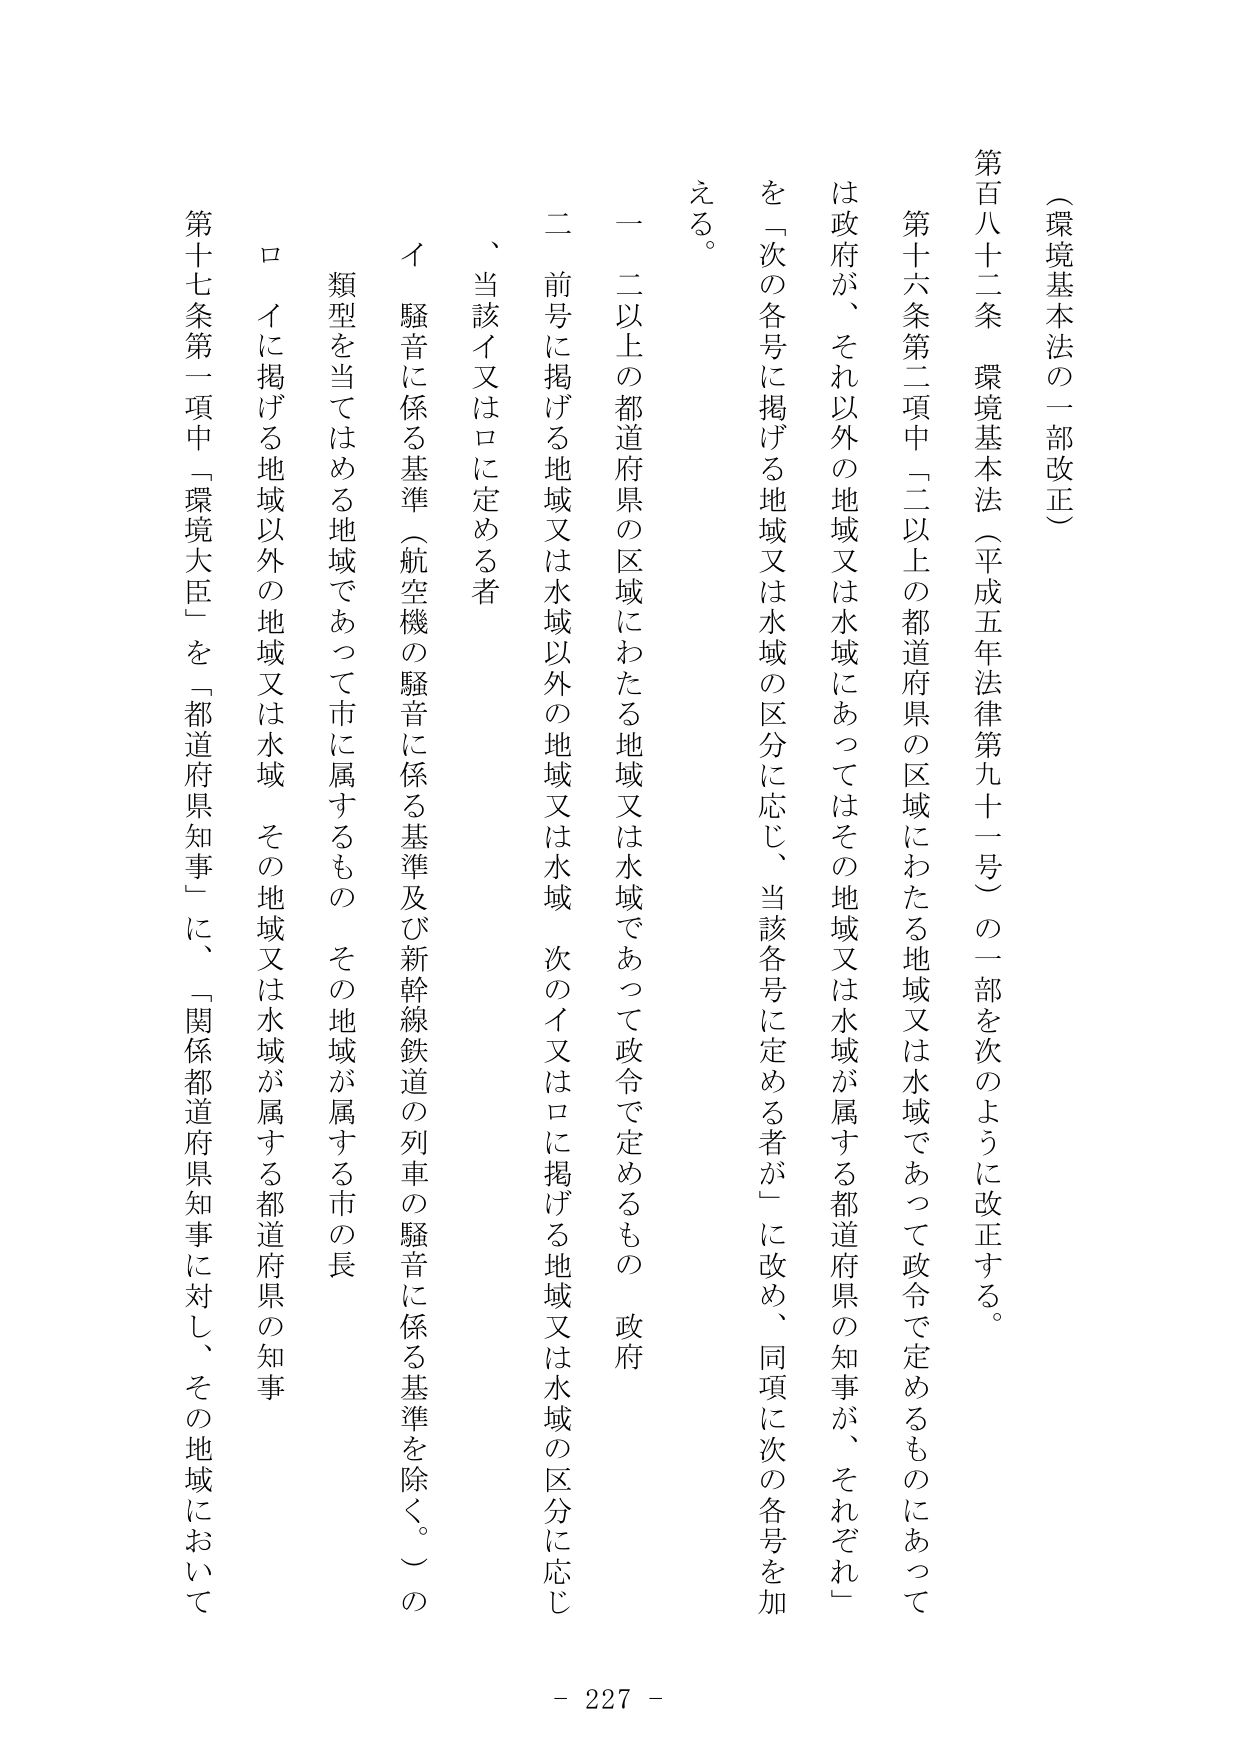
（環境基本法の一部改正）

第百八十二条　環境基本法（平成五年法律第九十一号）の一部を次のように改正する。

第十六条第二項中「二以上の都道府県の区域にわたる地域又は水域であって政令で定めるものにあっては政府が、それ以外の地域又は水域にあってはその地域又は水域が属する都道府県の知事が、それぞれ」を「次の各号に掲げる地域又は水域の区分に応じ、当該各号に定める者が」に改め、同項に次の各号を加える。

一　二以上の都道府県の区域にわたる地域又は水域であって政令で定めるもの　政府

二　前号に掲げる地域又は水域以外の地域又は水域　次のイ又はロに掲げる地域又は水域の区分に応じ、当該イ又はロに定める者

　イ　騒音に係る基準（航空機の騒音に係る基準及び新幹線鉄道の列車の騒音に係る基準を除く。）の類型を当てはめる地域であって市に属するもの　その地域が属する市の長

　ロ　イに掲げる地域以外の地域又は水域　その地域又は水域が属する都道府県の知事

第十七条第一項中「環境大臣」を「都道府県知事」に、「関係都道府県知事に対し、その地域において

- 227 -